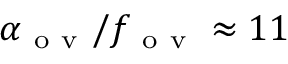
\alpha _ { \mathrm { ~ o ~ v ~ } } / f _ { \mathrm { ~ o ~ v ~ } } \approx 1 1